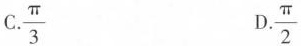
C. \frac{\pi}{3} D.\frac{\pi}{2}